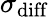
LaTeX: \sigma_{\mathrm{diff}}